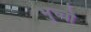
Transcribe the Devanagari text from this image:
भुच्चो